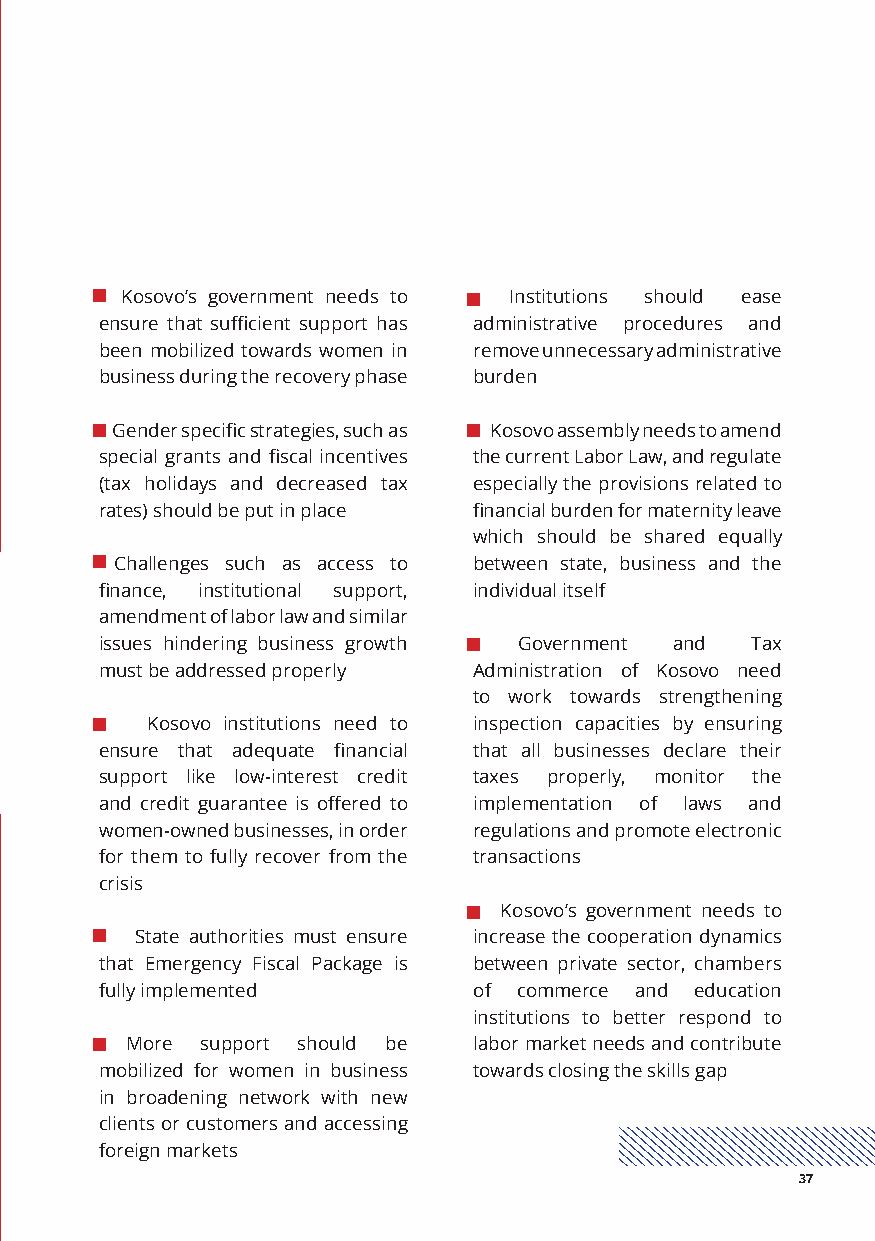
Kosovo’s government needs to Institutions should ease
 ensure that sufficient support has administrative procedures and
 been mobilized towards women in remove unnecessary administrative
 business during the recovery phase burden
 Gender specific strategies, such as Kosovo assembly needs to amend
 special grants and fiscal incentives the current Labor Law, and regulate
 (tax holidays and decreased tax especially the provisions related to
 rates) should be put in place financial burden for maternity leave
 which should be shared equally
 Challenges such as access to between state, business and the
 finance, institutional support, individual itself
 amendment of labor law and similar
 issues hindering business growth Government and Tax
 must be addressed properly Administration of Kosovo need
 to work towards strengthening
 Kosovo institutions need to inspection capacities by ensuring
 ensure that adequate financial that all businesses declare their
 support like low-interest credit taxes properly, monitor the
 and credit guarantee is offered to implementation of laws and
 women-owned businesses, in order regulations and promote electronic
 for them to fully recover from the transactions
 crisis
 Kosovo’s government needs to
 State authorities must ensure increase the cooperation dynamics
 that Emergency Fiscal Package is between private sector, chambers
 fully implemented       of commerce and education
 institutions to better respond to
 More support should be labor market needs and contribute
 mobilized for women in business towards closing the skills gap
 in broadening network with new
 clients or customers and accessing
 foreign markets
 37